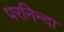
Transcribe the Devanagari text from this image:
परनिन्दा